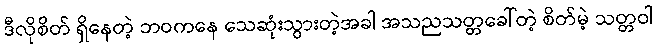
ဒီလိုစိတ် ရှိနေတဲ့ ဘဝကနေ သေဆုံးသွားတဲ့အခါ အသညသတ္တခေါ်တဲ့ စိတ်မဲ့ သတ္တဝါ